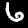
Label: 6